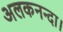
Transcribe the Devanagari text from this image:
अलकनन्दा।